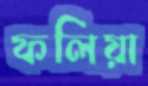
ফলিয়া